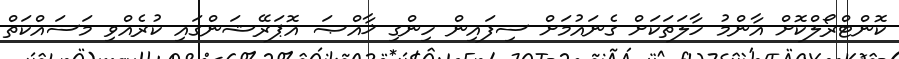
ކޮންޓްރޯލްކޮށް އާންމު ހާލަތަކަށް ގެނައުމަށް ސިފައިން ހިންގި ޚާއްޞަ އޮޕަރޭޝަންގައި ކުރެއްވި މަސައްކަތް